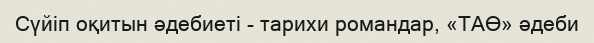
Сүйіп оқитын әдебиеті - тарихи романдар, «ТАӨ» әдеби